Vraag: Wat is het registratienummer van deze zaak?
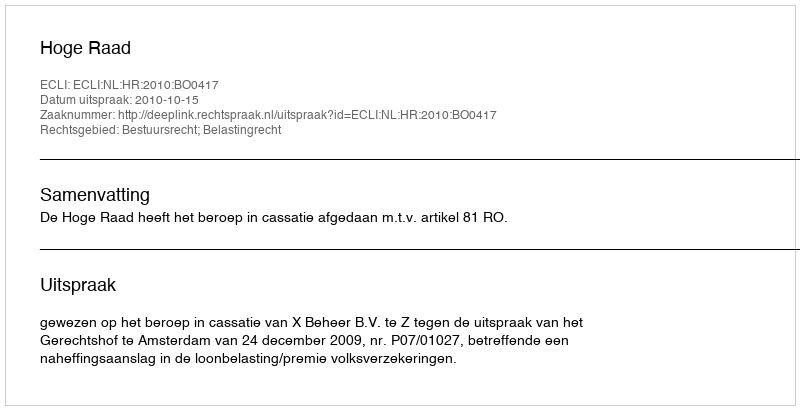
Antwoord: http://deeplink.rechtspraak.nl/uitspraak?id=ECLI:NL:HR:2010:BO0417